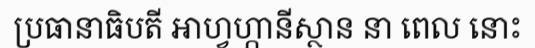
ប្រធានាធិបតី អាហ្វហ្កានីស្ថាន នា ពេល នោះ